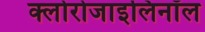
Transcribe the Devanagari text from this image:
क्लोरोजाइलिनॉल